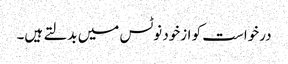
درخواست کو ازخود نوٹس میں بدلتے ہیں۔